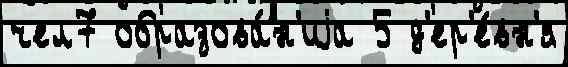
чел7 образова́н'иjа 5 д'ер'е́вн'я